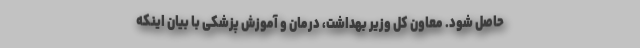
حاصل شود. معاون کل وزیر بهداشت، درمان و آموزش پزشکی با بیان اینکه